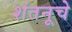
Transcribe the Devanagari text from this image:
शंतनूचे